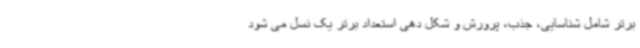
برتر شامل شناسایی، جذب، پرورش و شکل دهی استعداد برتر یک نسل می شود